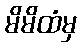
မိမိထံမှ